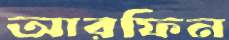
আরফিন